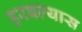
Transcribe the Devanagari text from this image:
हरवल्यास